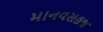
માનવસહજ